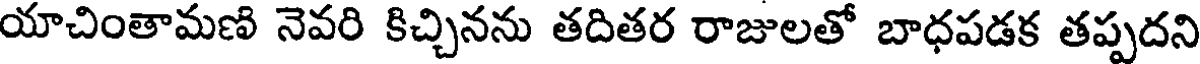
యాచింతామణి నెవరి కిచ్చినను తదితర రాజులతో బాధపడక తప్పదని